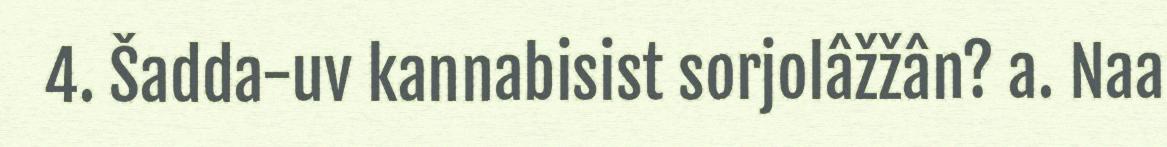
4. Šadda-uv kannabisist sorjolâžžân? a. Naa